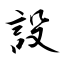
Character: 設